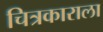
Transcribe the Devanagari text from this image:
चित्रकाराला